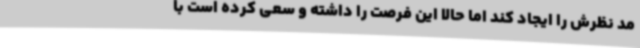
مد نظرش را ایجاد کند اما حالا این فرصت را داشته و سعی کرده است با